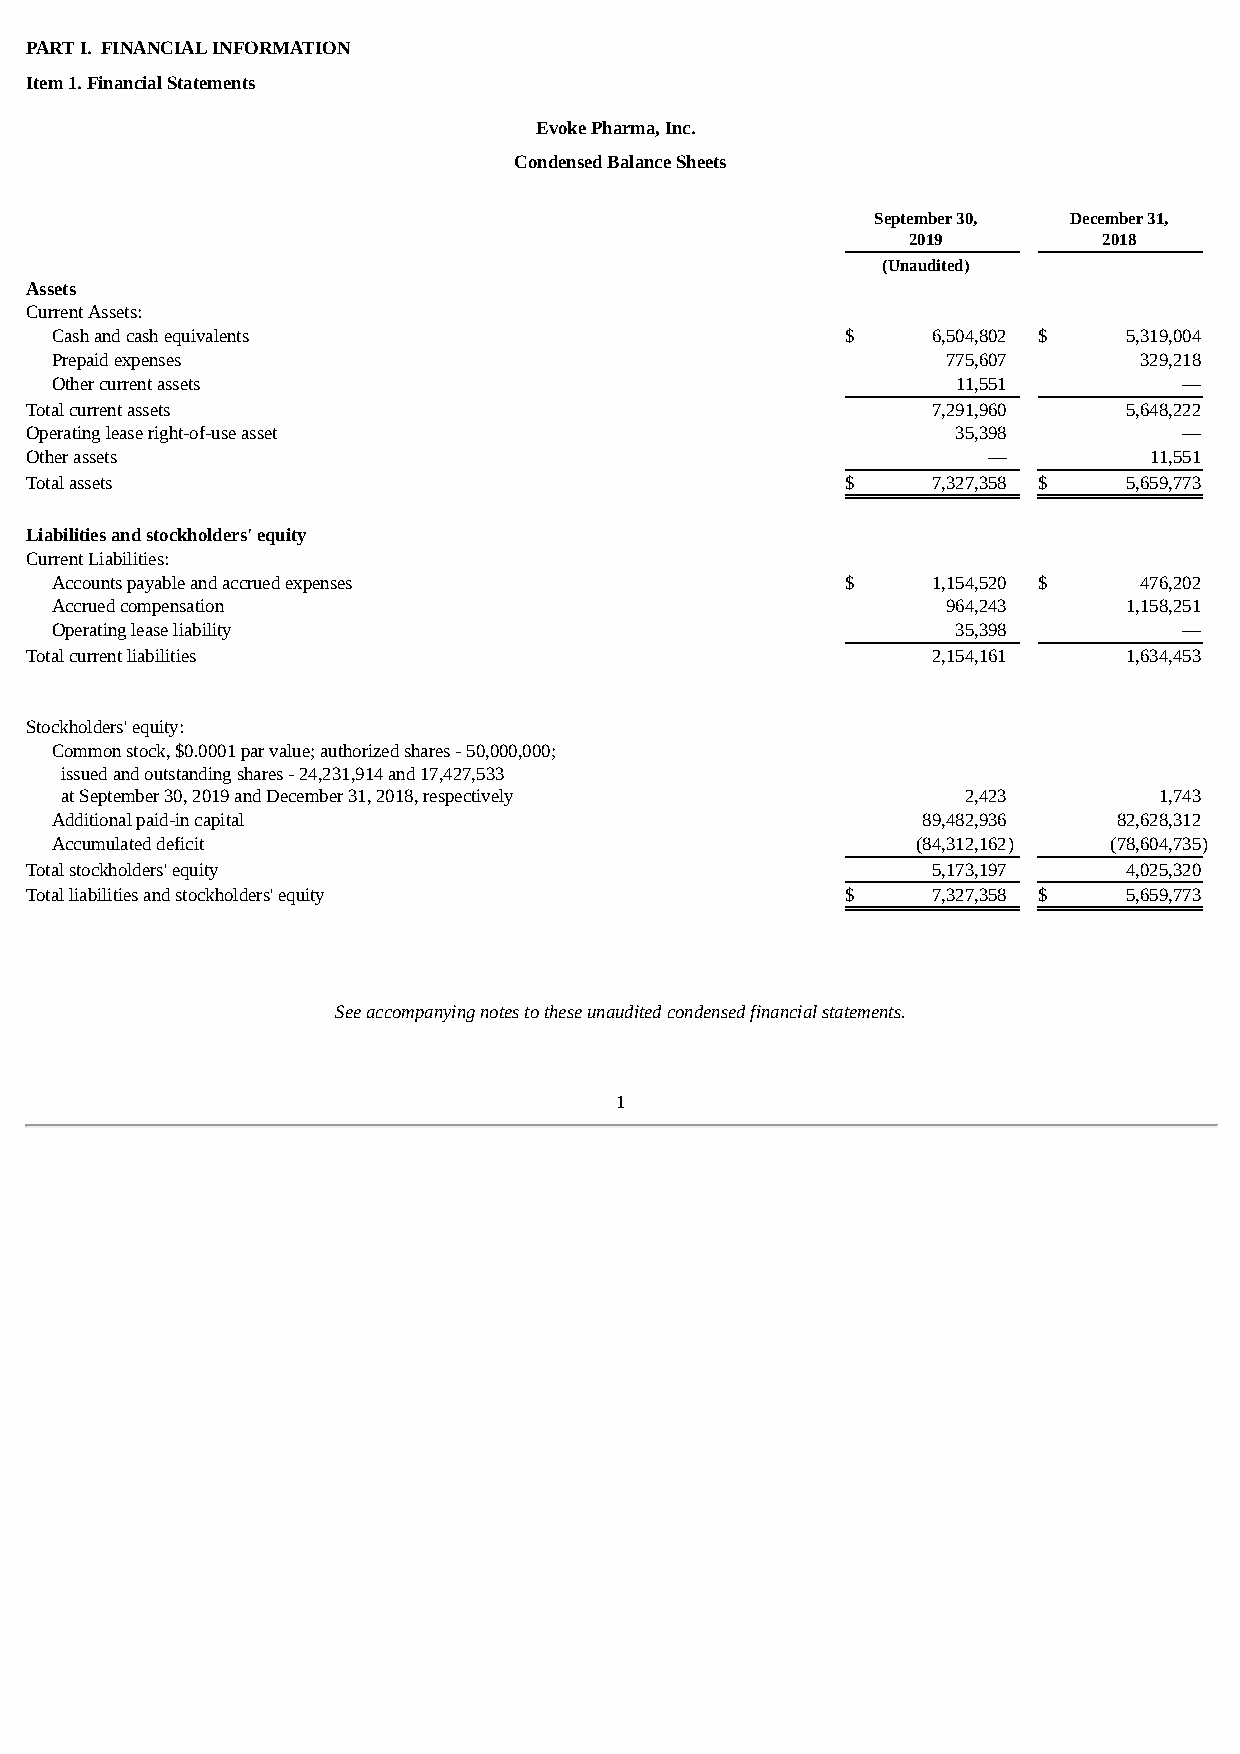
PART I. FINANCIAL INFORMATION
 Item 1. Financial Statements
 Evoke Pharma, Inc.
 Condensed Balance Sheets
 September 30, December 31,
 2019         2018
 (Unaudited)
 Assets
 Current Assets:
 Cash and cash equivalents                            $     6,504,802 $  5,319,004
 Prepaid expenses                                            775,607     329,218
 Other current assets                                        11,551         —
 Total current assets                                        7,291,960    5,648,222
 Operating lease right-of-use asset                           35,398         —
 Other assets                                                   —          11,551
 Total assets                                          $     7,327,358 $  5,659,773
 Liabilities and stockholders' equity
 Current Liabilities:
 Accounts payable and accrued expenses                $     1,154,520 $  476,202
 Accrued compensation                                        964,243     1,158,251
 Operating lease liability                                   35,398         —
 Total current liabilities                                   2,154,161    1,634,453
 Stockholders' equity:
 Common stock, $0.0001 par value; authorized shares - 50,000,000;
 issued and outstanding shares - 24,231,914 and 17,427,533
 at September 30, 2019 and December 31, 2018, respectively   2,423        1,743
 Additional paid-in capital                                89,482,936   82,628,312
 Accumulated deficit                                       (84,312,162) (78,604,735)
 Total stockholders' equity                                  5,173,197    4,025,320
 Total liabilities and stockholders' equity            $     7,327,358 $  5,659,773
 See accompanying notes to these unaudited condensed financial statements.
 1